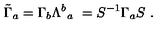
\tilde { \Gamma } _ { a } = \Gamma _ { b } \Lambda ^ { b } { } _ { a } \ = S ^ { - 1 } \Gamma _ { a } S \ .